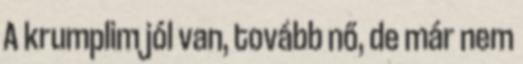
A krumplim jól van, tovább nő, de már nem